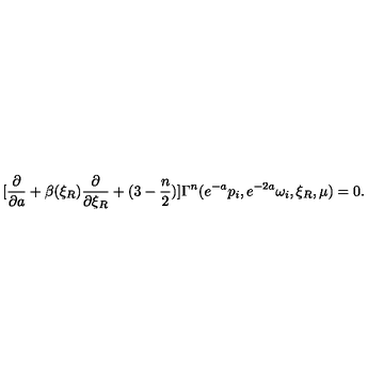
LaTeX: [ { \frac { \partial } { \partial a } } + \beta ( \xi _ { R } ) { \frac { \partial } { \partial \xi _ { R } } } + ( 3 - { \frac { n } { 2 } } ) ] \Gamma ^ { n } ( e ^ { - a } p _ { i } , e ^ { - 2 a } \omega _ { i } , \xi _ { R } , \mu ) = 0 .